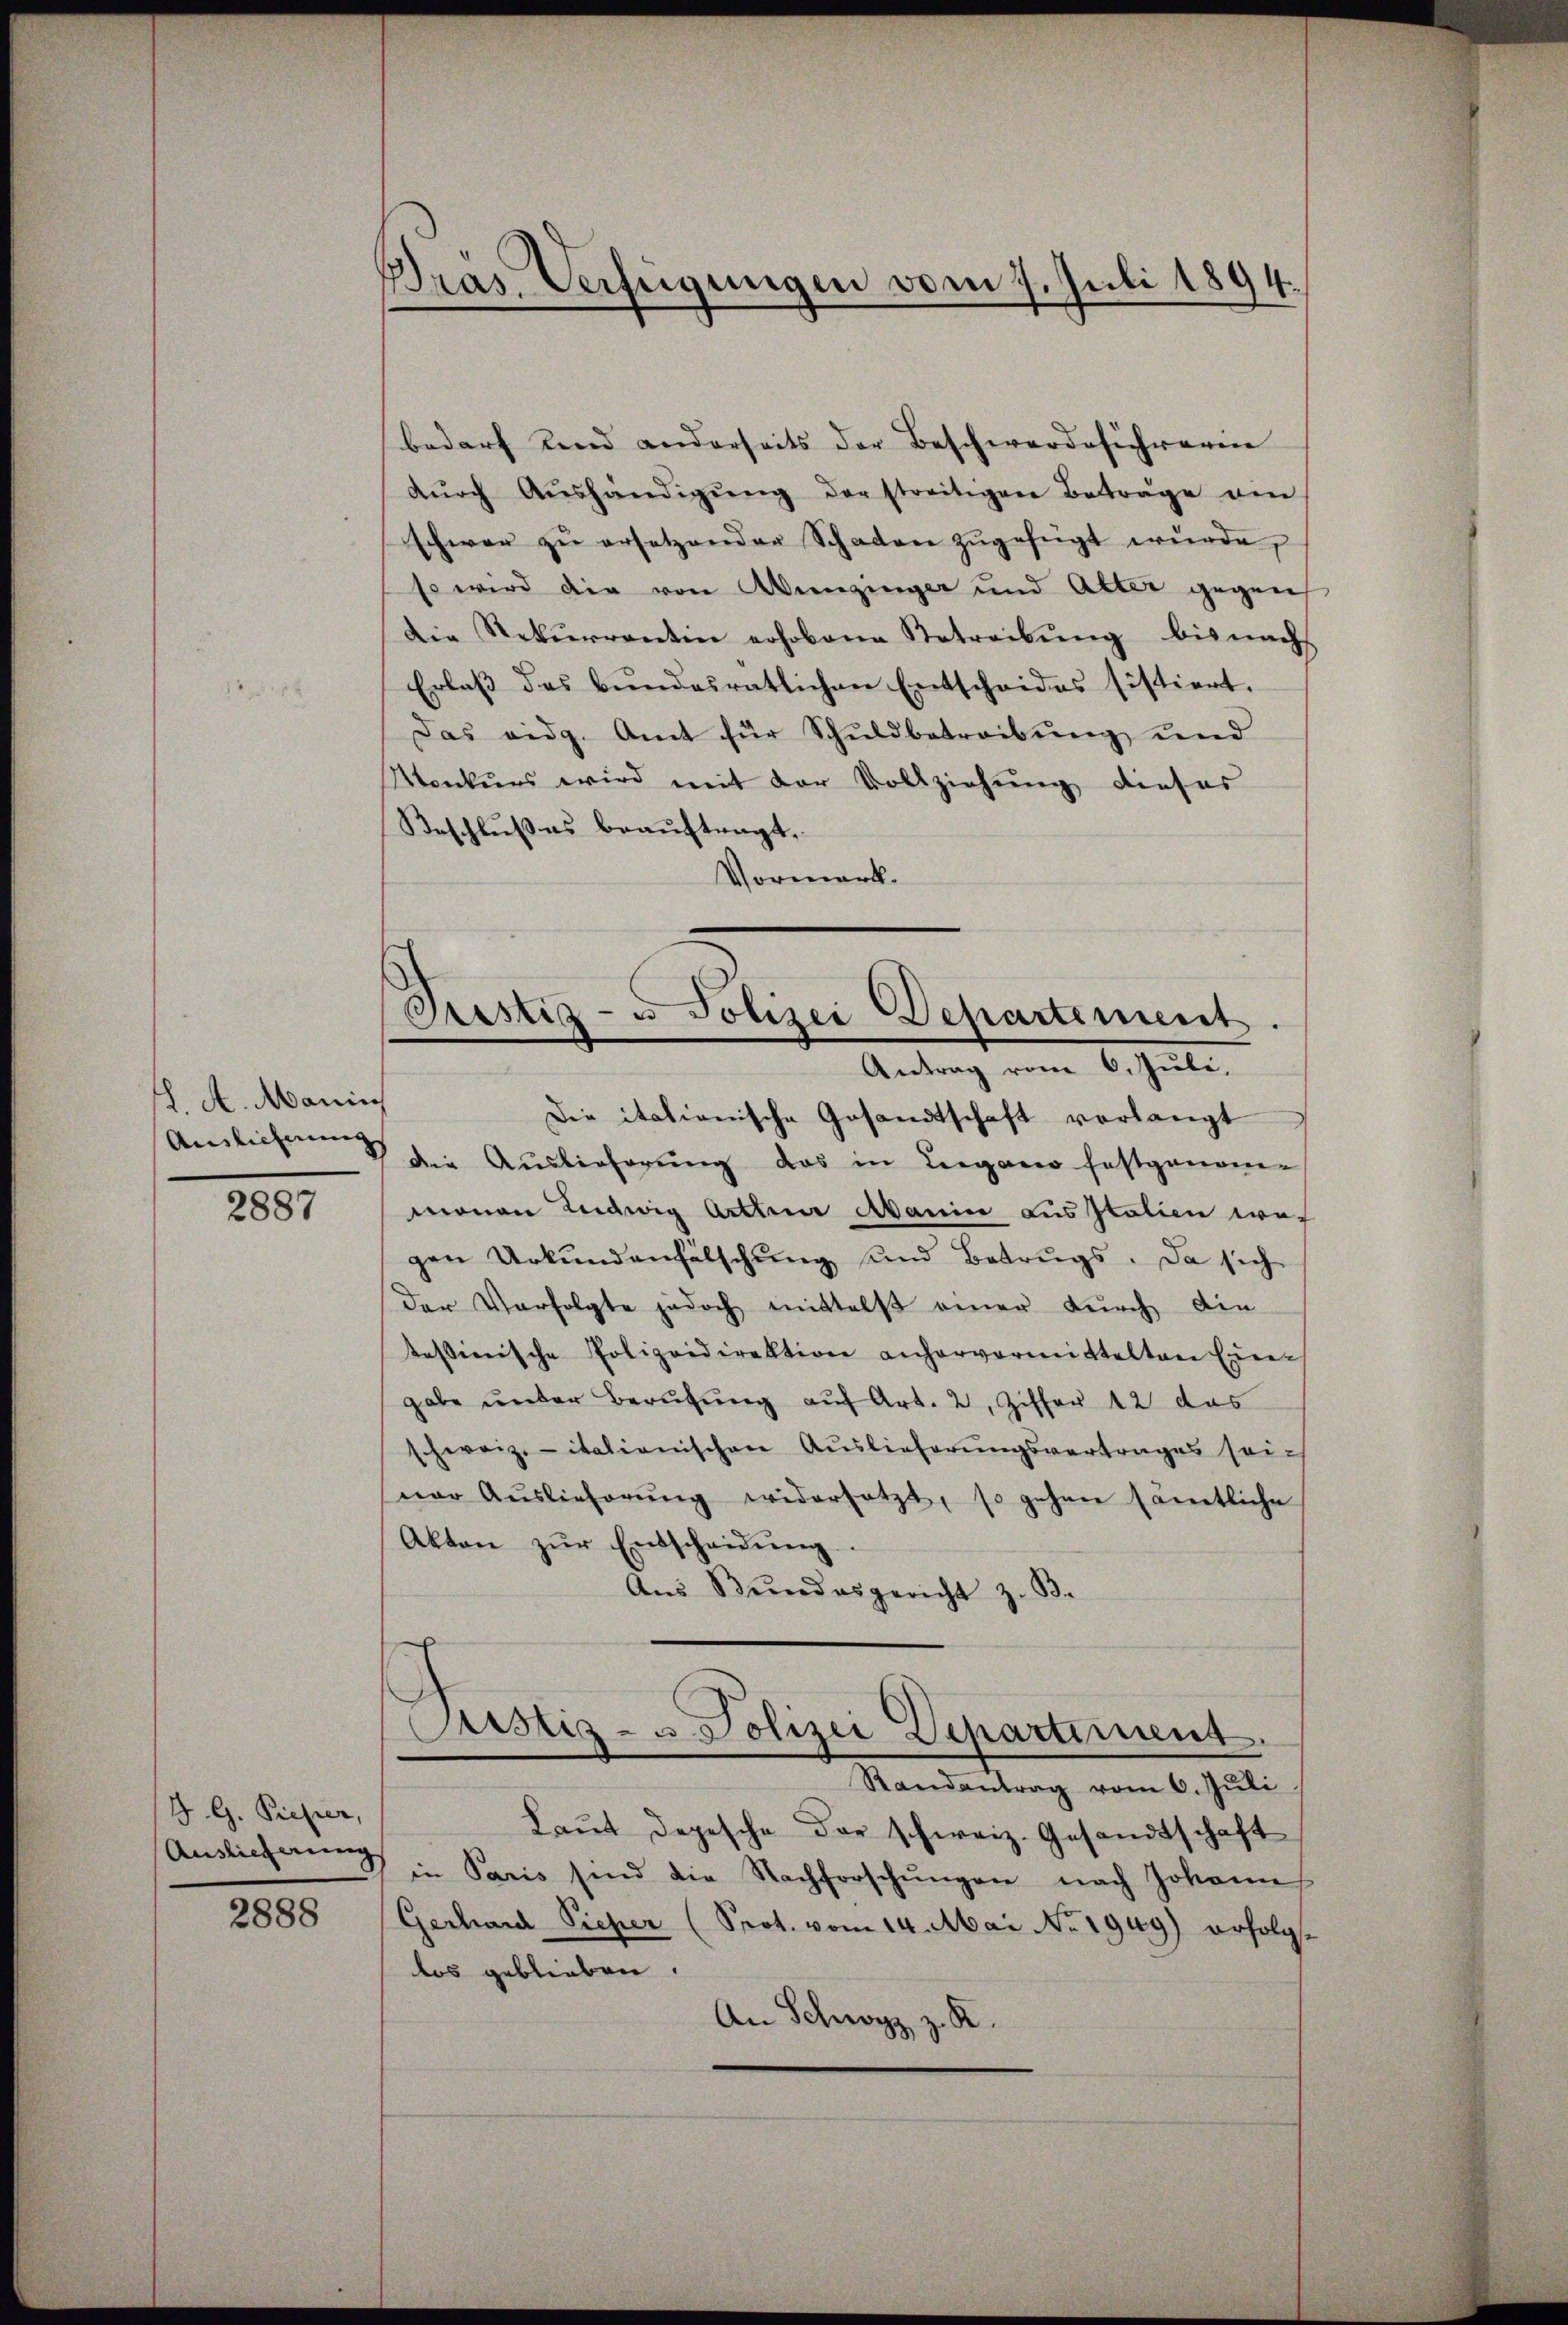
L. A. Mani
Auslieferung

2887

J. G. Pieper,
Auslieferung

2888

Bräs. Verfeigungen vom 7. Juli 1894.

Pestiz- u Polizei Departement.
e
Antrag vom 6. Juli,

bedarf sind anderseits der Beschwerde sich waren
dŭrch Aushändigŭng der streitigen Betrage ein
schwer zŭ ersetzender Schaden zŭgefügt wŭrde,
Es wird die von Wienzinger und Alter gegen
Die Rekurrentin erhobene Betreibŭng bis nach
Erlaβ des Bŭndesratlichen Entscheides sistiert.
Das eidg. Amt für Schuldbetreibung und
Monkurs wird mit der Vollziehung dieses
Beschlußes beauftragt,
Vormerk.
Die italienische Gesandtschaft verlangt
die Auslieferung das in Leigano festgenom-
monen Ludwig Arthur Manie aus Italien wegen Urkŭndenfälschŭng und Betrugs. Da sich
der Verfolgte jedoch mittelst einer dŭrch die
tessinische Polizeidirektion anhervormittelten Ein
gabe under Berufung auf Art. 2, Ziffer 12 das
schweiz. italienischen Auslieferungsvertrages seiner Aŭslieferŭng widersetzt, so gehen samtliche
Akten zŭr Entscheidŭng
Aŭs Bŭndesgericht z. B.
Pustiz- u. Polizei Departement
Randantrag vom 6. Juli
Laut depesche der schweiz. Gesandtschaft
in Paris sind die Nachforschŭngen nach Johann
Gerhard Sicher (Prot. vom 14. Mai No 1949) erfolglos geblieben.
.
An Schwyz z.